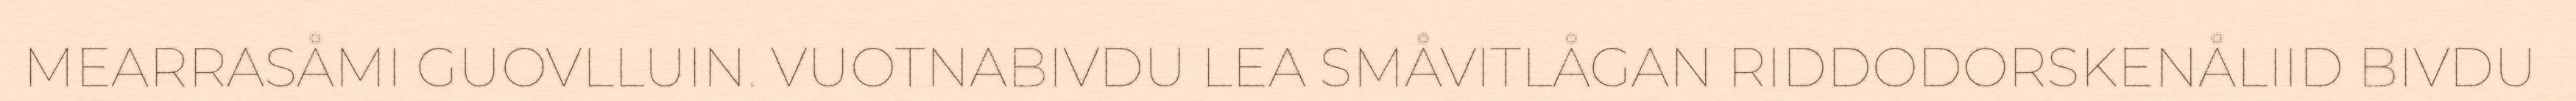
MEARRASÅMI GUOVLLUIN. VUOTNABIVDU LEA SMÅVITLÅGAN RIDDODORSKENÅLIID BIVDU